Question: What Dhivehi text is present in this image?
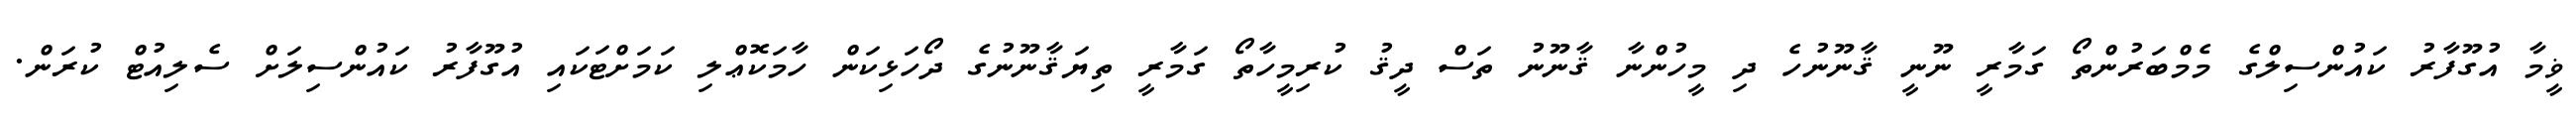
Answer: ޥީމާ އުގޫފާރު ކައުންސިލްގެ މެމްބަރުންތޯ ގަމާރީ ނޫނީ ޤާނޫނުހެ ދި މީހުންނާ ޤާނޫނު ތަސް ދީޤު ކުރިމީހާތޯ ގަމާރީ ތިޔަޤާނޫނުގެ ދޯހަޅިކަން ހާމަކޮޢްލި ކަމަށްޓަކައި އުގޫފާރު ކައުންސިލަށް ސެލިއުޓް ކުރަން.